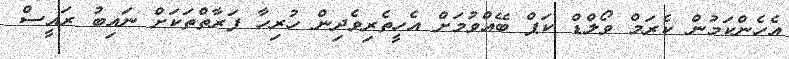
އެހެންކަމުން ކެރަމް ވޯލްޑް ކަޕް ބޭއްވުމަށް އެހީތެރިވެދިން ހުރިހާ ފަރާތްތަކަށް ނައިބު ރައީސް